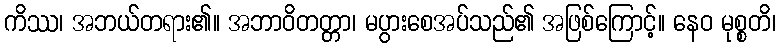
ကိဿ၊ အဘယ်တရား၏။ အဘာဝိတတ္တာ၊ မပွားစေအပ်သည်၏ အဖြစ်ကြောင့်။ နေဝ မုစ္စတိ၊